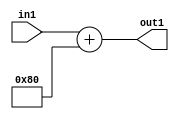
`timescale 1ps / 1ps
/*****************************************************************************
    Verilog RTL Description
    
    
    Created by: Stratus DpOpt 2019.1.01 
*******************************************************************************/

module SobelFilter_Add2n128s8_4 (
	in1,
	out1
	); /* architecture "behavioural" */ 
input [7:0] in1;
output [7:0] out1;
wire [7:0] asc001;

assign asc001 = 
	+(in1)
	+(8'B10000000);

assign out1 = asc001;
endmodule

/* CADENCE  urj4TQo= : u9/ySgnWtBlWxVPRXgAZ4Og= ** DO NOT EDIT THIS LINE ******/